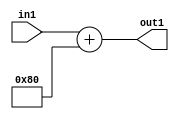
`timescale 1ps / 1ps
/*****************************************************************************
    Verilog RTL Description
    
    
    Created by: Stratus DpOpt 2019.1.01 
*******************************************************************************/

module SobelFilter_Add2n128s8_4 (
	in1,
	out1
	); /* architecture "behavioural" */ 
input [7:0] in1;
output [7:0] out1;
wire [7:0] asc001;

assign asc001 = 
	+(in1)
	+(8'B10000000);

assign out1 = asc001;
endmodule

/* CADENCE  urj4TQo= : u9/ySgnWtBlWxVPRXgAZ4Og= ** DO NOT EDIT THIS LINE ******/